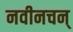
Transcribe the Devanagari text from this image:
नवीनचन्